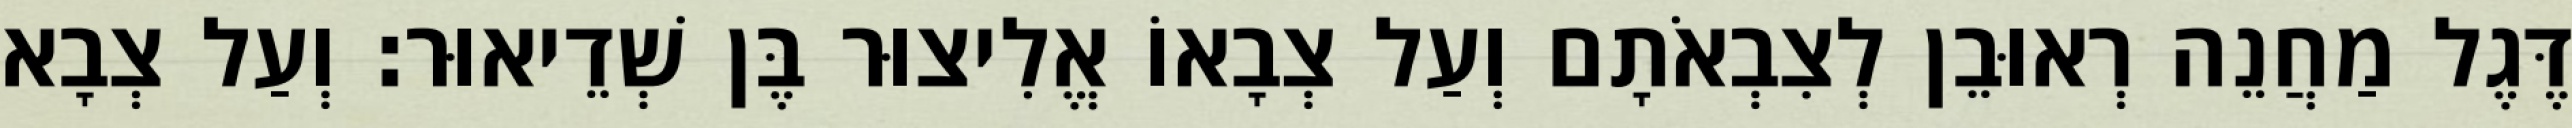
דֶּגֶל מַחֲנֵה רְאוּבֵן לְצִבְאֹתָם וְעַל צְבָאוֹ אֱלִיצוּר בֶּן שְׁדֵיאוּר׃ וְעַל צְבָא